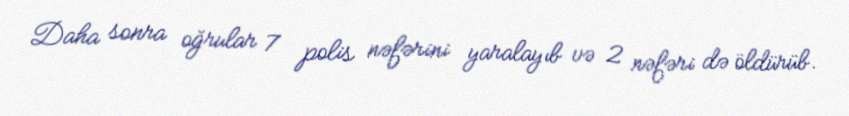
Daha sonra oğrular 7 polis nəfərini yaralayıb və 2 nəfəri də öldürüb.